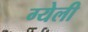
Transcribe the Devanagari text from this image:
ग्येली